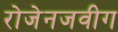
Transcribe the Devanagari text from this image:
रोजेनजवीग